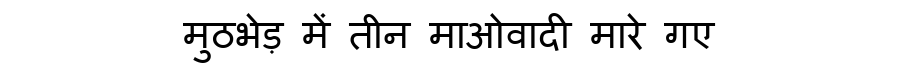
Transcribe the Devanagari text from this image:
मुठभेड़ में तीन माओवादी मारे गए